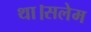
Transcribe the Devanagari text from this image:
था।सलेम